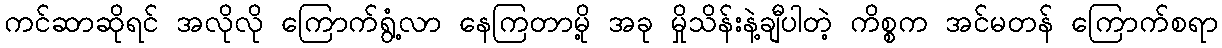
ကင်ဆာဆိုရင် အလိုလို ကြောက်ရွံ့လာ နေကြတာမို့ အခု မှိုသိန်းနဲ့ချီပါတဲ့ ကိစ္စက အင်မတန် ကြောက်စရာ